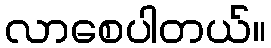
လာစေပါတယ်။